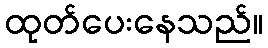
ထုတ်ပေးနေသည်။